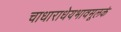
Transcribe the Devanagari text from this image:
चाधाराधेयभावमूलकं